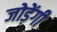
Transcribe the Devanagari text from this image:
जोड़ेंगी